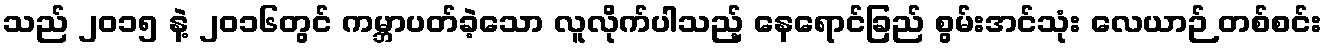
သည် ၂၀၁၅ နဲ့ ၂၀၁၆တွင် ကမ္ဘာပတ်ခဲ့သော လူလိုက်ပါသည့် နေရောင်ခြည် စွမ်းအင်သုံး လေယာဉ် တစ်စင်း